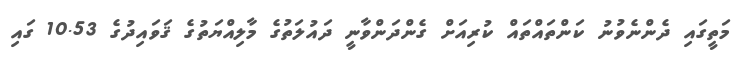
މަތީގައި ދެންނެވުނު ކަންތައްތައް ކުރިއަށް ގެންދަންވާނީ ދައުލަތުގެ މާލިއްޔަތުގެ ޤަވައިދުގެ 10.53 ގައި